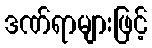
ဒဏ်ရာများဖြင့်